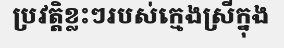
ប្រវត្តិខ្លះៗរបស់ក្មេងស្រីក្នុង